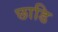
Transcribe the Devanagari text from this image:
छाडि